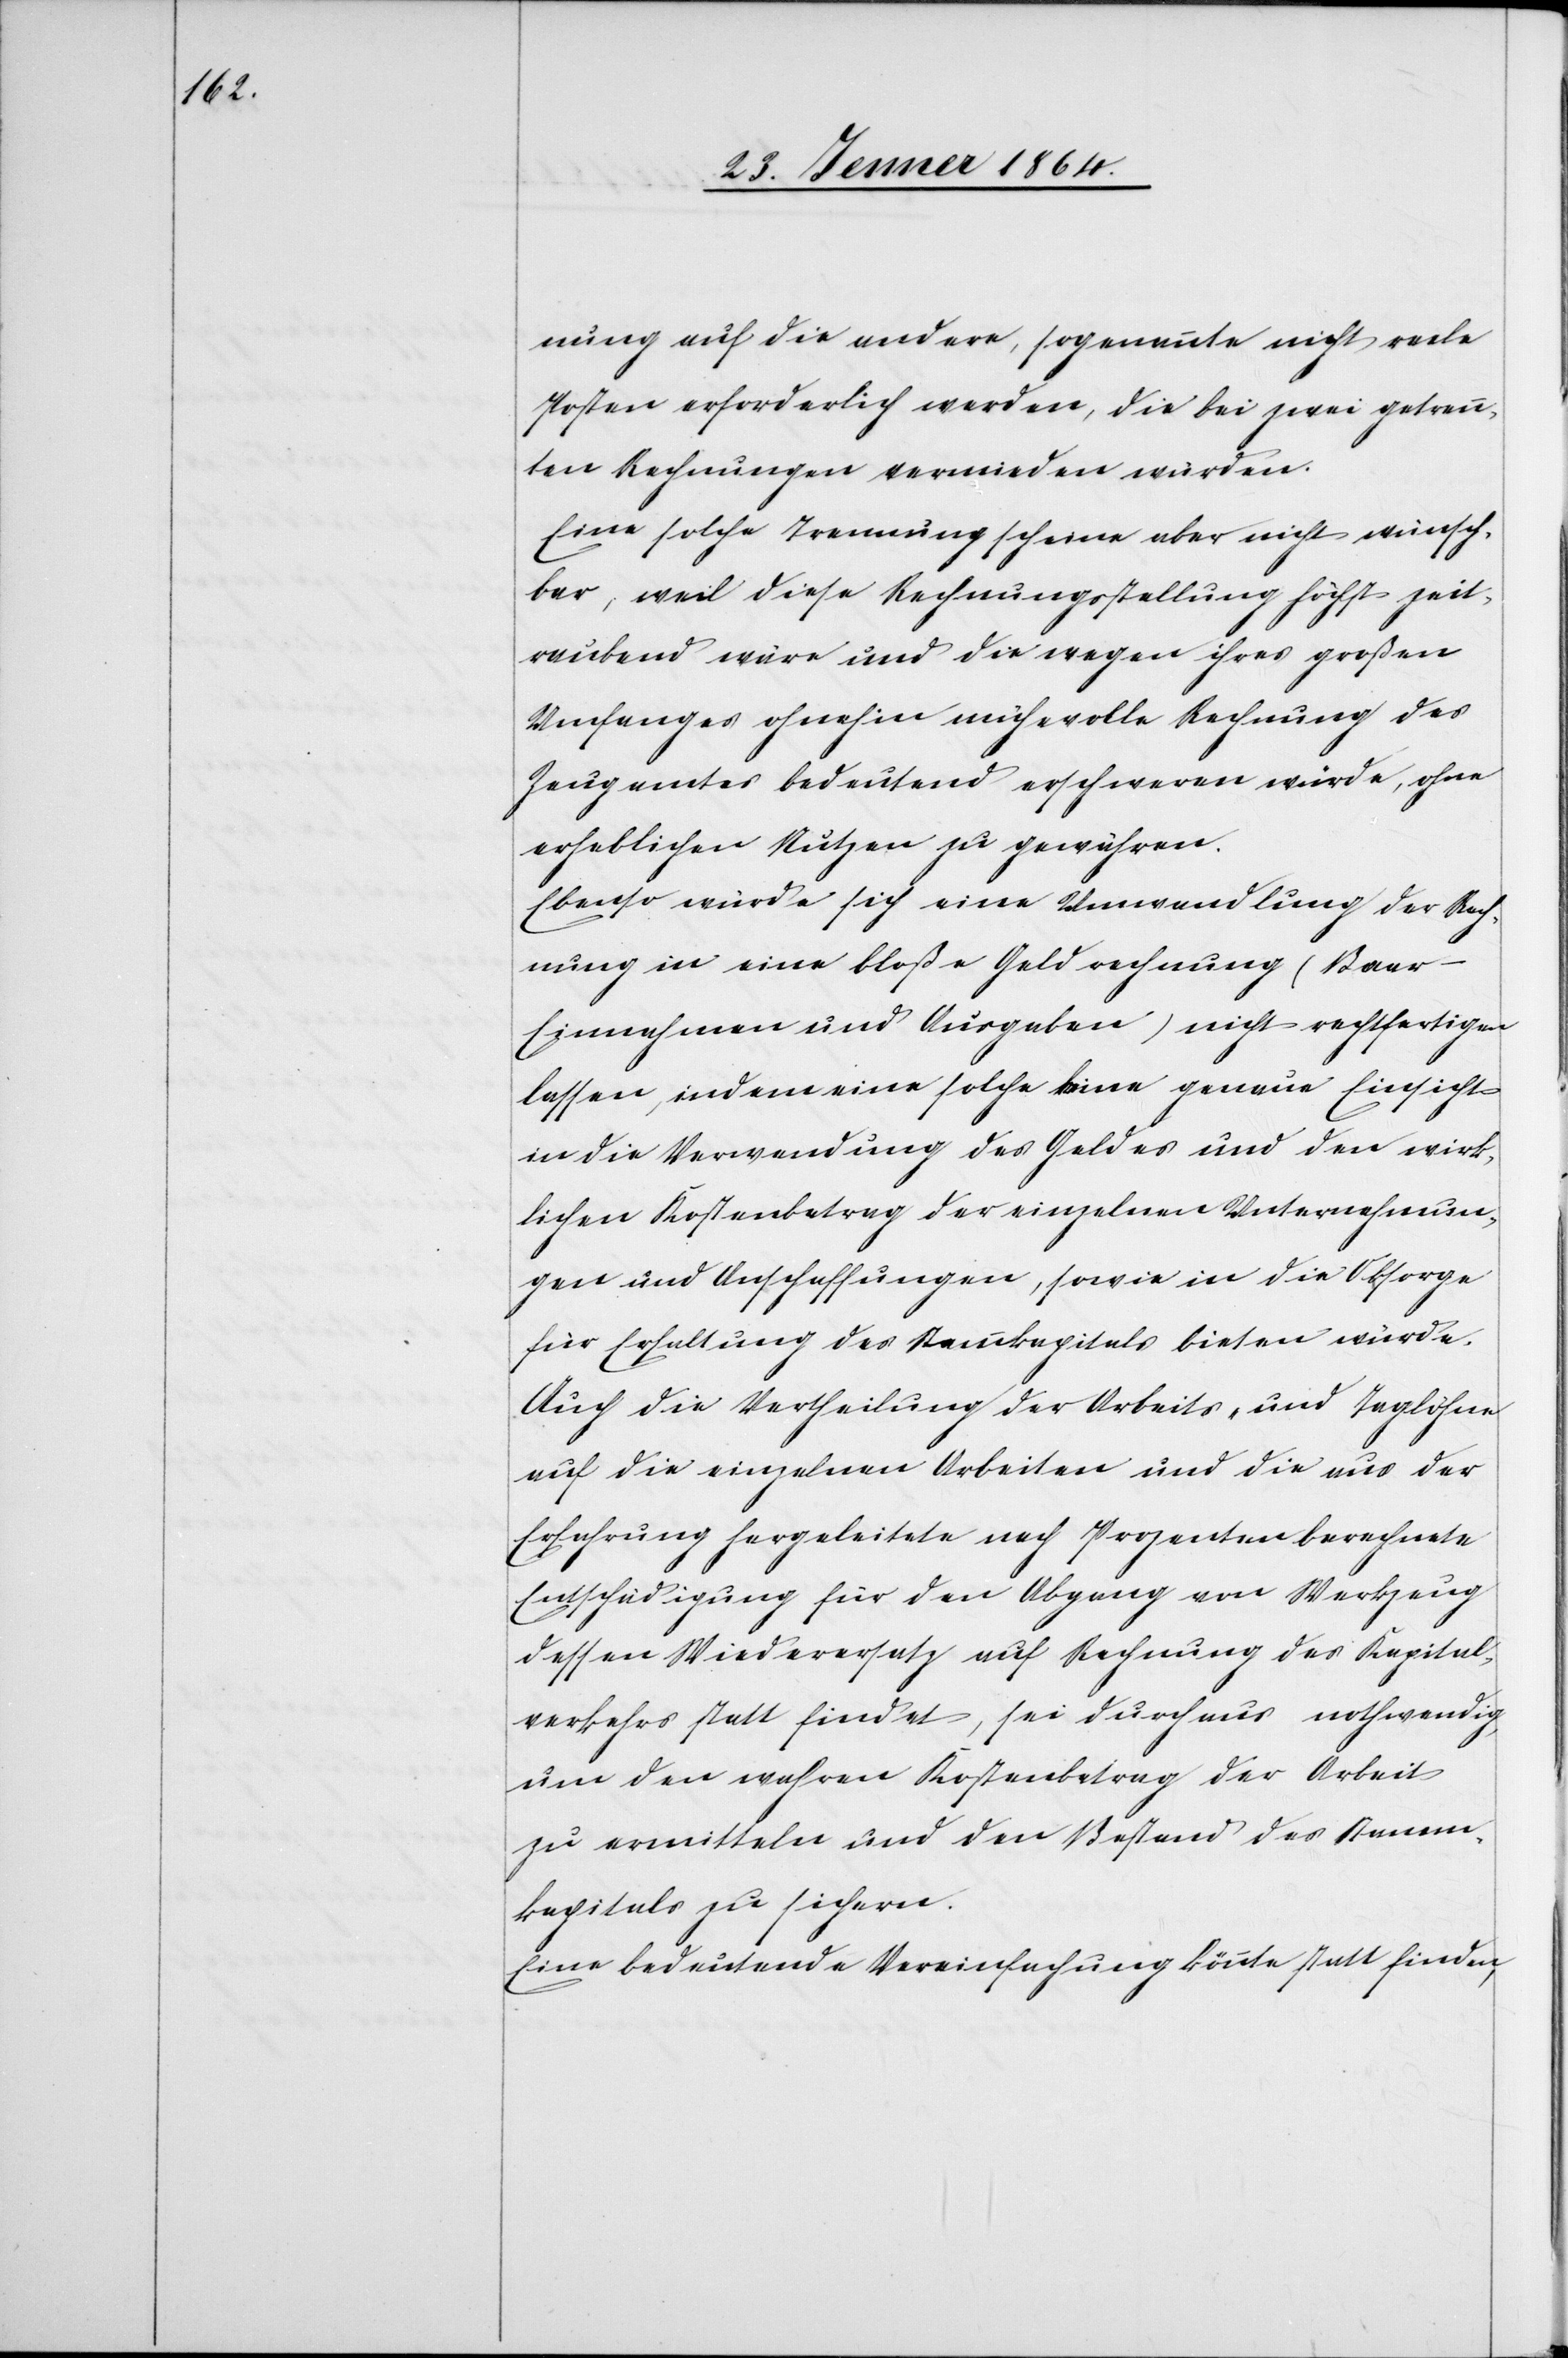
nung auf die andere, sogenannte nicht reale
Posten erforderlich werden, die bei zwei getrenn¬
ten Rechnungen vermieden würden.
Eine solche Trennung scheine aber nicht wünsch¬
bar, weil diese Rechnungstellung höchst zeit¬
raubend wäre und die wegen ihres großen
Umfanges ohnehin mühevolle Rechnung des
Zeugamtes bedeutend erschweren würde, ohne
erheblichen Nutzen zu gewähren.
Ebenso würde sich eine Umwandlung der Rech¬
nung in eine bloße Geldrechnung (Baar-E¬
innahmen und Ausgaben) nicht rechtfertigen
lassen, indem eine solche keine genaue Einsicht
in der Verwendung des Geldes und den wirk¬
lichen Kostenbetrag der einzelnen Unternehmun¬
gen und Anschaffungen, sowie in die Obsorge
für Erhaltung des Stammkapitals bieten würde.
Auch die Vertheilung der Arbeits- und Taglöhne
auf die einzelnen Arbeiten und die aus der
Erfahrung hergeleitete nach Prozenten berechnete
Entschädigung für den Abgang von Werkzeug
dessen Wiederersatz auf Rechnung des Kapital¬
verkehrs statt findet, sei durchaus nothwendig,
um den wahren Kostenbetrag der Arbeit
zu ermitteln und den Bestand des Stamm¬
kapitals zu sichern.
Eine bedeutende Vereinfachung könnte statt finden,